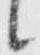
候